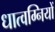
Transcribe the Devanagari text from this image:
धात्वग्नियों